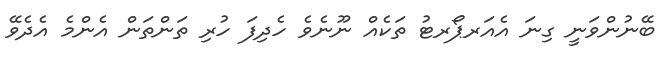
ބޭނުންވަނީ ގިނަ އެއަރޕޯރޓު ތަކެއް ނޫނެވެ ހެދިފަ ހުރި ތަންތަން އެންމެ އެދެވޭ